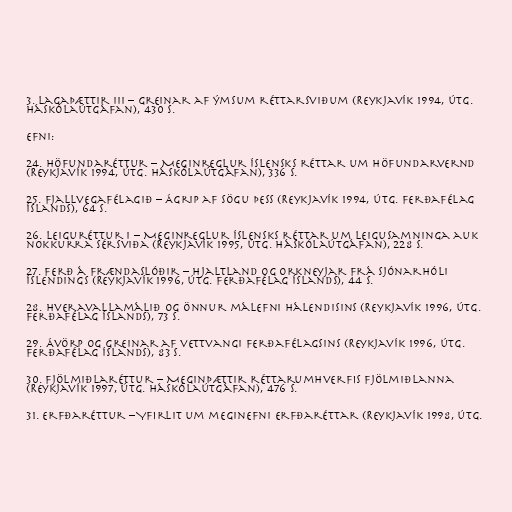
3. Lagaþættir III – Greinar af ýmsum réttarsviðum (Reykjavík 1994, útg.
Háskólaútgáfan), 430 s.

Efni:

24. Höfundaréttur – Meginreglur íslensks réttar um höfundarvernd
(Reykjavík 1994, útg. Háskólaútgáfan), 336 s.

25. Fjallvegafélagið – Ágrip af sögu þess (Reykjavík 1994, útg. Ferðafélag
Íslands), 64 s.

26. Leiguréttur I – Meginreglur íslensks réttar um leigusamninga auk
nokkurra sérsviða (Reykjavík 1995, útg. Háskólaútgáfan), 228 s.

27. Ferð á frændaslóðir – Hjaltland og Orkneyjar frá sjónarhóli
Íslendings (Reykjavík 1996, útg. Ferðafélag Íslands), 44 s.

28. Hveravallamálið og önnur málefni hálendisins (Reykjavík 1996, útg.
Ferðafélag Íslands), 73 s.

29. Ávörp og greinar af vettvangi Ferðafélagsins (Reykjavík 1996, útg.
Ferðafélag Íslands), 83 s.

30. Fjölmiðlaréttur – Meginþættir réttarumhverfis fjölmiðlanna
(Reykjavík 1997, útg. Háskólaútgáfan), 476 s.

31. Erfðaréttur – Yfirlit um meginefni erfðaréttar (Reykjavík 1998, útg.